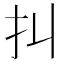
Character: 㧃